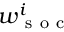
w _ { \mathrm { ~ s ~ o ~ c ~ } } ^ { i }